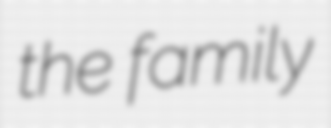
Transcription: the family